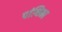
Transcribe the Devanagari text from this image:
पांथिका